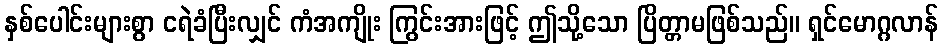
နှစ်ပေါင်းများစွာ ငရဲခံပြီးလျှင် ကံအကျိုး ကြွင်းအားဖြင့် ဤသို့သော ပြိတ္တာမဖြစ်သည်။ ရှင်မောဂ္ဂလာန်